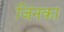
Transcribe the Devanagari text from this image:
जिंनका